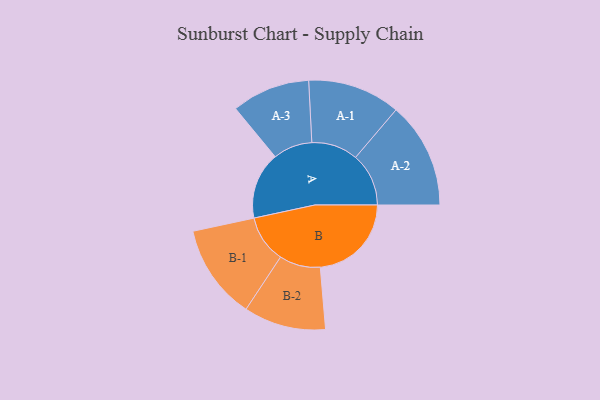
{"axis": {"x": "Segment", "y": "Value"}, "legend": ["", "A", "B"], "data": [{"x": "A", "y": 289, "type": ""}, {"x": "B", "y": 393, "type": ""}, {"x": "A-1", "y": 200, "type": "A"}, {"x": "A-2", "y": 229, "type": "A"}, {"x": "A-3", "y": 169, "type": "A"}, {"x": "B-1", "y": 205, "type": "B"}, {"x": "B-2", "y": 177, "type": "B"}]}